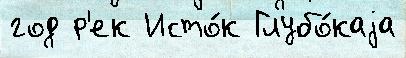
год р'ек Исто́к Глубо́каjа